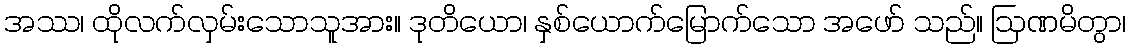
အဿ၊ ထိုလက်လှမ်းသောသူအား။ ဒုတိယော၊ နှစ်ယောက်မြောက်သော အဖော် သည်။ ဩဏမိတွာ၊